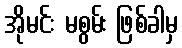
အိုမင်း မစွမ်း ဖြစ်ခါမှ